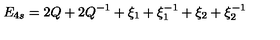
E _ { 4 s } = 2 Q + 2 Q ^ { - 1 } + \xi _ { 1 } + \xi _ { 1 } ^ { - 1 } + \xi _ { 2 } + \xi _ { 2 } ^ { - 1 }